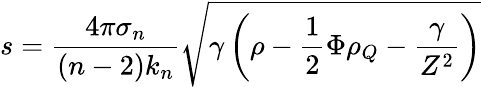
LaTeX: s=\frac{4\pi\sigma_{n}}{(n-2)k_{n}}\sqrt{\gamma\left(\rho-\frac{1}{2}\Phi\rho_{Q}-\frac{\gamma}{Z^{2}}\right)}